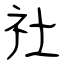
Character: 社